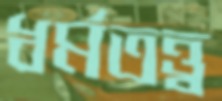
ধর্মতত্ত্ব